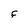
Character: F